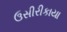
ઉસીરીકાયા